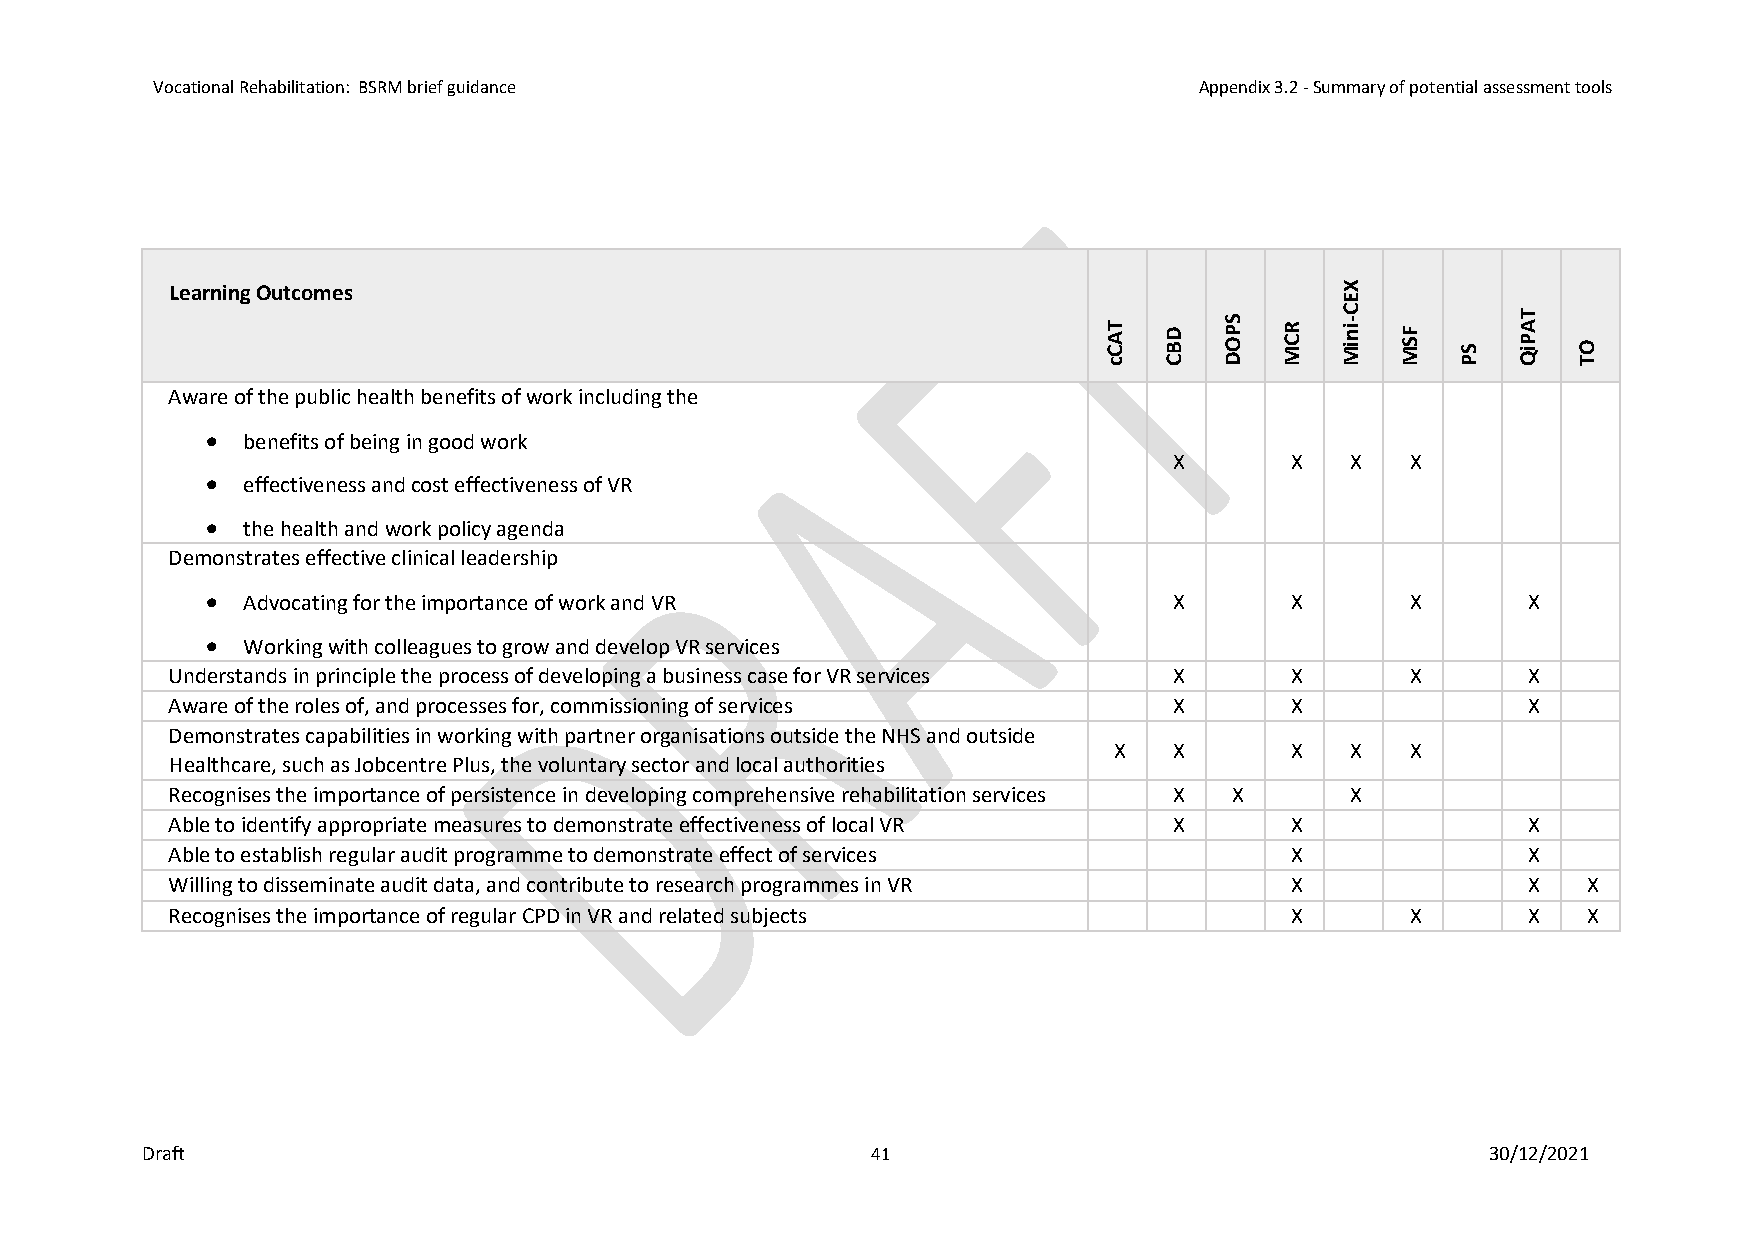
Vocational Rehabilitation: BSRM brief guidance                       Appendix 3.2 - Summary of potential assessment tools
 Learning Outcomes                                                             X
 E
 T A C c D B C S P O D R C M in iMC - F S M S P T A P iQ O T
 Aware of the public health benefits of work including the
 • benefits of being in good work
 X      X   X   X
 • effectiveness and cost effectiveness of VR
 • the health and work policy agenda
 Demonstrates effective clinical leadership
 • Advocating for the importance of work and VR                  X      X       X       X
 • Working with colleagues to grow and develop VR services
 Understands in principle the process of developing a business case for VR services X X X  X
 Aware of the roles of, and processes for, commissioning of services X     X               X
 Demonstrates capabilities in working with partner organisations outside the NHS and outside
 X   X      X   X   X
 Healthcare, such as Jobcentre Plus, the voluntary sector and local authorities
 Recognises the importance of persistence in developing comprehensive rehabilitation services X X X
 Able to identify appropriate measures to demonstrate effectiveness of local VR X X        X
 Able to establish regular audit programme to demonstrate effect of services X             X
 Willing to disseminate audit data, and contribute to research programmes in VR X          X   X
 Recognises the importance of regular CPD in VR and related subjects       X       X       X   X
 Draft                                            41                                       30/12/2021